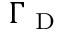
\Gamma _ { \mathrm { ~ D ~ } }